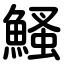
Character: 鰠